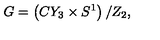
G = \left( C Y _ { 3 } \times S ^ { 1 } \right) / Z _ { 2 } ,